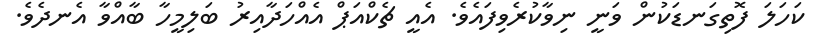
ކަހަލަ ފޮތިގަނޑަކުން ވަނީ ނިވާކުރެވިފައެވެ. އެއީ ޗެކްއަޕް އެއްހަދާއިރު ބަލިމީހާ ބާއްވާ އެނދެވެ.